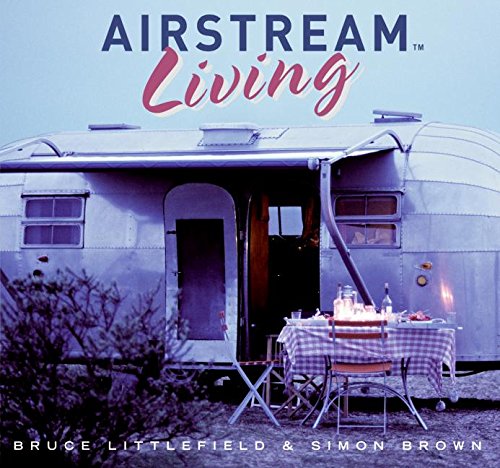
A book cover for Airstream Living; Bruce Littlefield; Engineering & Transportation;